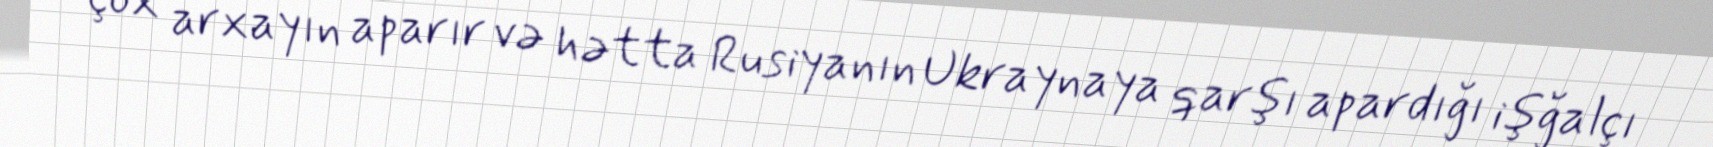
çox arxayın aparır və hətta Rusiyanın Ukraynaya qarşı apardığı işğalçı